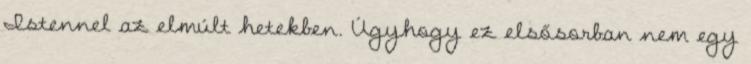
Istennel az elmúlt hetekben. Úgyhogy ez elsősorban nem egy